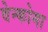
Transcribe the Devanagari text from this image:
वेन्कोमा